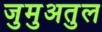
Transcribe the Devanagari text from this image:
जुमुअतुल